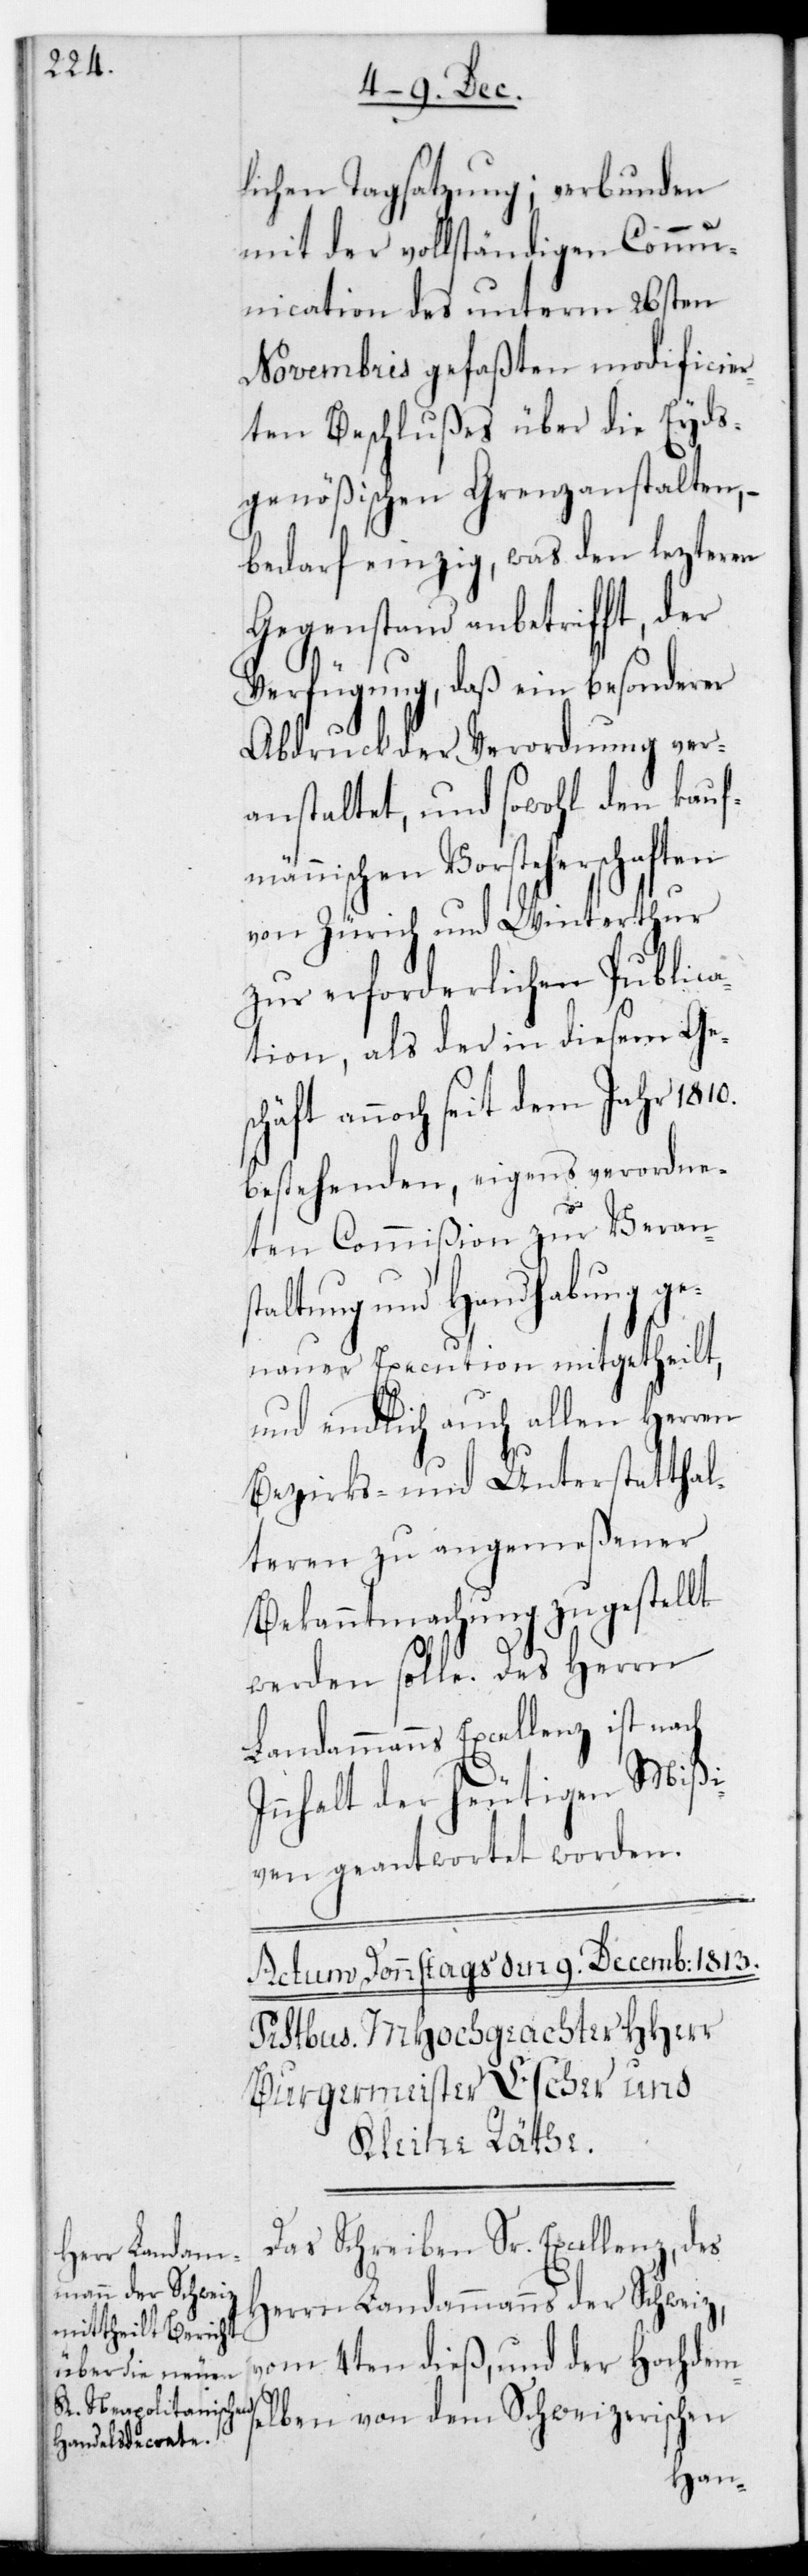
lichen Tagsatzung; verbunden
mit der vollständigen Commu¬
nication des unterm 26sten
Novembris gefaßten modificier¬
ten Beschlußes über die Eyds¬
genößischen Grenzanstalten, –
bedarf einzig, was den lezteren
Gegenstand anbetrifft, der
Verfügung, daß ein besonderer
Abdruck der Verordnung ver¬
anstaltet, und sowohl den kauf¬
männischen Vorsteherschaften
von Zürich und Winterthur
zu erforderlichen Publica¬
tion, als der in diesem Ges¬
chäft annoch seit dem Jahr 1810.
bestehenden, eigens verordne¬
ten Commißion zur Verans¬
taltung und Handhabung ge¬
nauer Execution mitgetheilt,
und endlich auch allen Herren
Bezirks- und Unterstatthal¬
teren zu angemeßener
Bekanntmachung zugestellt
werden solle. Des Herrn
Landammanns Excellenz ist nach
Innhalt der heutigen Mißi¬
ven geantwortet worden.
Das Schreiben Sr. Excellenz des
Herrn Landammanns der Schweiz
vom 4ten dieß, und der Hochdem¬
selben von dem Schweizerischen